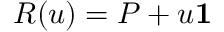
R ( u ) = P + u \mathbf { 1 }